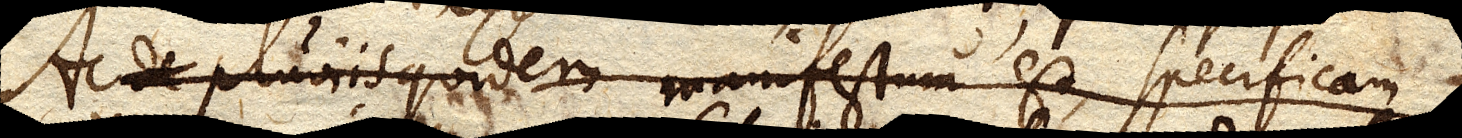
Ac de pluviis quidem manifestum est, specificam